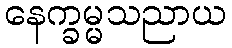
နေက္ခမ္မသညာယ